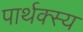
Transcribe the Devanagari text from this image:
पार्थक्स्य